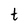
Character: t